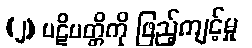
(၂) ပဋိပတ္တိကို ဖြည့်ကျင့်မှု